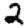
Digit: 2